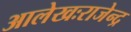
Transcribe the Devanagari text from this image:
आलेखःराजेन्द्र